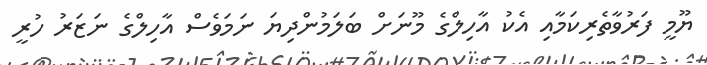
ޔޫމީ ފަރުވާތެރިކަމާއި އެކު އާހިލްގެ މޫނަށް ބަލަމުންދިޔަ ނަމަވެސް އާހިލްގެ ނަޒަރު ހުރީ